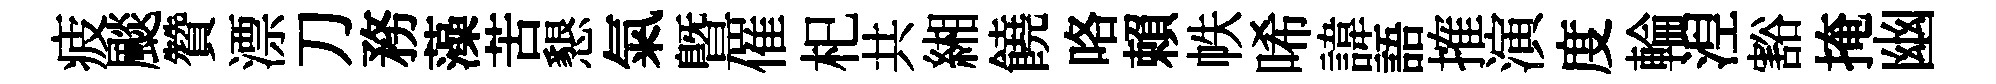
疲颷贊漂刀務藻苦懇氣暨催𣏌共緗饒咯賴帙唏諱語搉演度輪湼豁掩幽